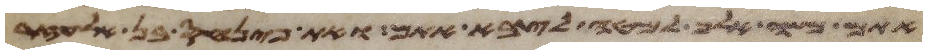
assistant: אתם משה אלף למטה לצבא אתם ואת פינחס בן אלעזר